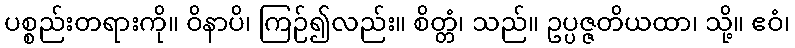
ပစ္စည်းတရားကို။ ဝိနာပိ၊ ကြဉ်၍လည်း။ စိတ္တံ၊ သည်။ ဥပ္ပဇ္ဇတိယထာ၊ သို့။ ဧဝံ၊